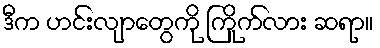
ဒီက ဟင်းလျာတွေကို ကြိုက်လား ဆရာ။